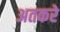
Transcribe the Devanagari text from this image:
अतकरे